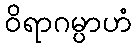
ဝိရာဂမ္ပာဟံ